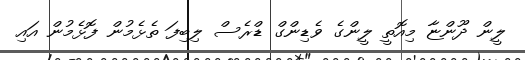
ލީން ދޫންޏާ މިއޮތީ ލީންގެ ވެޑިންގް ޑްރެސް ލިބިފަ ތެޅެމުން ފޮޅެމުން އައި